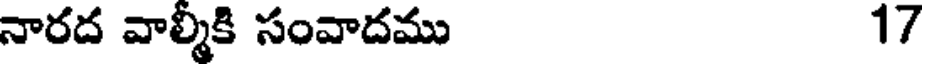
నారద వాల్మీకి సంవాదము 17